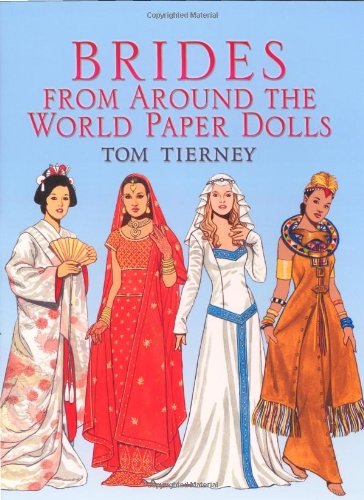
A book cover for Brides from Around the World Paper Dolls (Dover Paper Dolls); Tom Tierney; Crafts, Hobbies & Home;